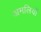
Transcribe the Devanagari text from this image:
अमलियों